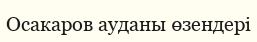
Осакаров ауданы өзендері